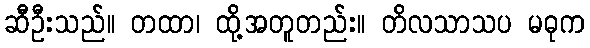
ဆီဦးသည်။ တထာ၊ ထို့အတူတည်း။ တိလသာသပ မဓုက